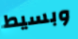
وبسيط